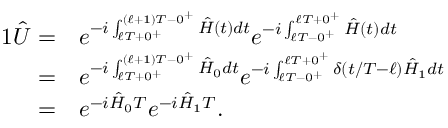
\begin{array} { r l } { { 1 } \hat { U } = } & { { } e ^ { - i \int _ { \ell T + 0 ^ { + } } ^ { ( \ell + 1 ) T - 0 ^ { + } } \hat { H } ( t ) d t } e ^ { - i \int _ { \ell T - 0 ^ { + } } ^ { \ell T + 0 ^ { + } } \hat { H } ( t ) d t } } \\ { = } & { { } e ^ { - i \int _ { \ell T + 0 ^ { + } } ^ { ( \ell + 1 ) T - 0 ^ { + } } \hat { H } _ { 0 } d t } e ^ { - i \int _ { \ell T - 0 ^ { + } } ^ { \ell T + 0 ^ { + } } \delta ( t / T - \ell ) \hat { H } _ { 1 } d t } } \\ { = } & { { } e ^ { - i \hat { H } _ { 0 } T } e ^ { - i \hat { H } _ { 1 } T } . } \end{array}